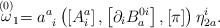
\begin{align*}\stackrel{\left( 0\right) }{\omega }_{1}=a_{\;\;i}^{a}\left( \left[A_{i}^{a}\right] ,\left[ \partial _{i}B_{a}^{0i}\right] ,\left[ \pi \right]\right) \eta _{2a}^{i}. \end{align*}